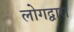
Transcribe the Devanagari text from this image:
लोगद्वारा